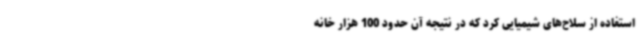
استفاده از سلاح‌های شیمیایی کرد که در نتیجه آن حدود 100 هزار خانه